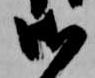
御